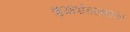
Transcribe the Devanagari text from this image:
ॠग्मंत्रोत्तरकालांत